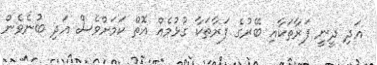
އަދި ދީނީ ފަރާތަކާއި ބޭރުގެ ފަރާތަކާ ގުޅުމެއް އޮތް ކަމަށްވެސް އަދި ބުނެވެން